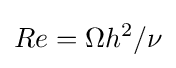
Re=\Omega h^{2}/\nu